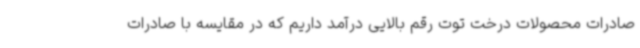
صادرات محصولات درخت توت رقم بالایی درآمد داریم که در مقایسه با صادرات